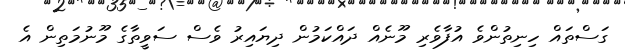
ގަސްތައް ހިނިތުންވެ އުފާވެރި މޫނެއް ދައްކަމުން ދިޔައިރު ވެސް ސަވީތާގެ މޫނުމަތިން އެ